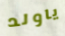
ياولد